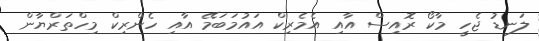
ލަނޑު ޖެހީ މާކޯ ރޮއިސް އާއި އެމެރިކް އައުމަބަމޭ އާއި ހެންރިކް މިހްތަރްޔާން